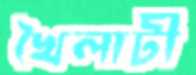
খৈলাটী